Report on vaccination North-West Frontier Province 1904-1922 - 1904-1922
Year: 1904
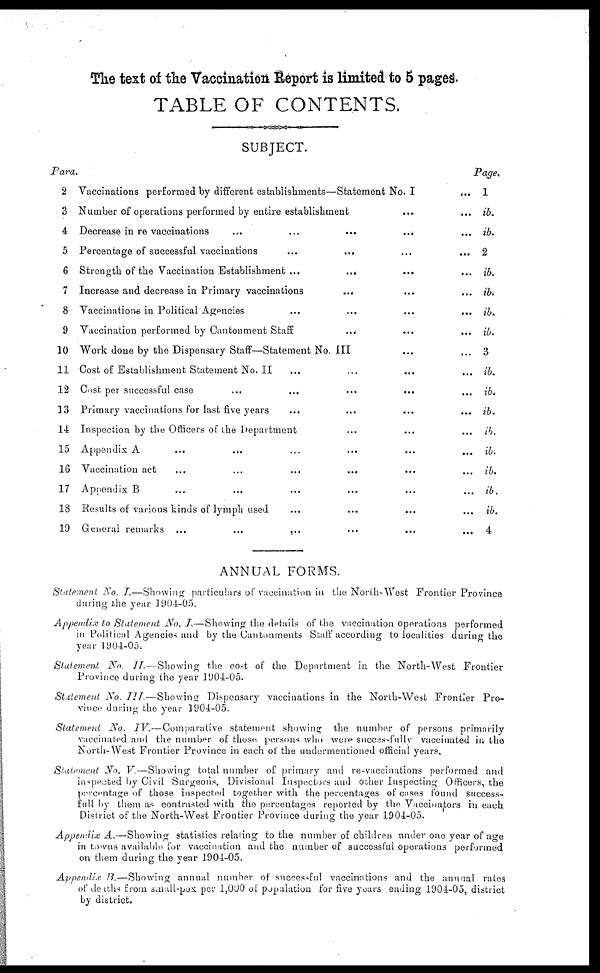
The text of the Vaccination Report is limited to 5 pages.
TABLE OF CONTENTS.
SUBJECT.
Para
2
3
4
5
6
7
8
9
10
11
12
13
14
15
16
17
18
19
Vaccinations performed by different establishments—Statement No. I
...
Number of operations performed by entire establishment ... ... ...
Decrease in re vaccinations
...
...
...
...
...
Percentage of successful vaccinations ... ... ... ... ...
Strength of the Vaccination Establishment ... ... ... ...
Increase and decrease in Primary vaccinations
...
...
...
...
Vaccinations in Political Agencies ... ... ... ...
Vaccination performed by Cantonment Staff ... ... ...
Work done by the Dispensary Staff—Statement No. III ...
Cost of Establishment Statement No.II
...
...
...
...
Cost per successful case ... ... ... ...
Primary vaccinations for last five years ... ... ...
Inspection by the Officers of the Department ... ... ...
Appendix A ... ... ... ...
Vaccination act
...
...
...
...
Appendix B ... ... ... ...
Results of various kinds of lymph used ... ... ... ...
General remarks
...
...
...
...
Page.
1
ib.
ib.
2
ib.
ib.
ib.
ib.
3
ib.
ib.
ib.
ib.
ib.
ib.
ib.
ib.
4
ANNUAL FORMS.
Statement No. I.—Showing
particulars of vaccination in the North-West Frontier Province
during the year 1904-05.
Appendix to Statement No. I.—Showing
the details of the vaccination operations performed
in Political Agencies and by the Cantonments Staff according to localities during the
year 1904-05.
Statement
No. II.—Showing
the cost of the Department in the North-West Frontier
Province during the year 1904-05.
Statement No. III.—Showing
Dispensary vaccinations in the North-West Frontier Pro-
vince during the year 1904-05.
Statement
No. IV.— Comparative statement showing the number of persons primarily
vaccinated and the number of those persons who were successfully vaccinated in the
North-West Frontier Province in each of the undermentioned official years.
Statement No. V.—Showing
total number of primary and re-vaccinations performed and
inspected by Civil Surgeons, Divisional Inspectors and other Inspecting Officers, the
percentage of those inspected together with the percentages of cases found success-
full by them as contrasted with the percentages reported by the Vaccinators in each
District of the North-West Frontier Province during the year 1904-05.
Appendix A.—Showing
statistics relating to the number of children under one year of age
in towns available for vaccination and the number of successful operations performed
on them during the year 1904-05.
Appendix B.—Showing
annual number of successful vaccinations and the annual rates
of deaths from small-pox per 1,000 of population for five years euding 1904-05, district
by district.